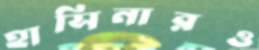
হাসিনারও